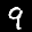
Digit: 9